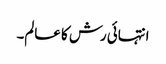
انتہائی رش کا عالم۔